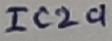
Text: IC2a